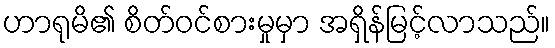
ဟာရုမိ၏ စိတ်ဝင်စားမှုမှာ အရှိန်မြင့်လာသည်။